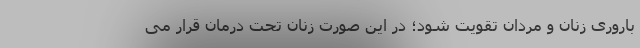
باروری زنان و مردان تقویت شود؛ در این صورت زنان تحت درمان قرار می